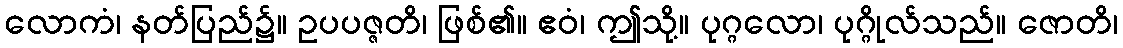
လောကံ၊ နတ်ပြည်၌။ ဥပပဇ္ဇတိ၊ ဖြစ်၏။ ဧဝံ၊ ဤသို့။ ပုဂ္ဂလော၊ ပုဂ္ဂိုလ်သည်။ ဇောတိ၊